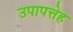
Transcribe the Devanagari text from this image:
उपापत्तेह